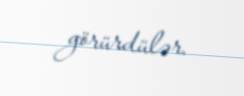
görürdülər.